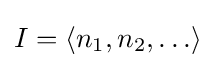
I=\langle n_{1},n_{2},\ldots \rangle